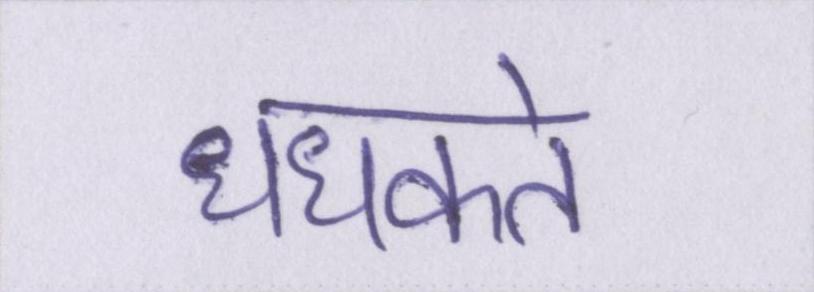
धधकते